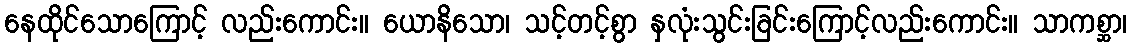
နေထိုင်သောကြောင့် လည်းကောင်း။ ယောနိသော၊ သင့်တင့်စွာ နှလုံးသွင်းခြင်းကြောင့်လည်းကောင်း။ သာကစ္ဆာ၊